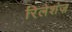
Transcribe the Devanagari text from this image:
रिलेशंज़